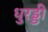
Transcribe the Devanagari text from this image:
धुरड्डी